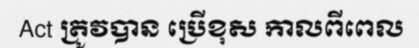
Act ត្រូវបាន ប្រើខុស កាលពីពេល